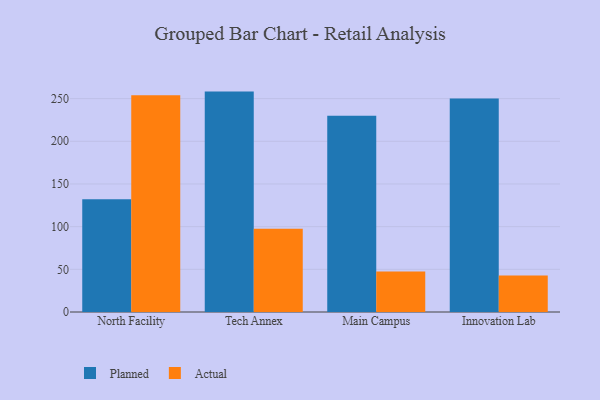
{"axis": {"x": "Campus", "y": "Budget (USD K)"}, "legend": ["Actual", "Planned"], "data": [{"x": "North Facility", "y": 132.2, "type": "Planned"}, {"x": "North Facility", "y": 253.8, "type": "Actual"}, {"x": "Tech Annex", "y": 258.2, "type": "Planned"}, {"x": "Tech Annex", "y": 97.5, "type": "Actual"}, {"x": "Main Campus", "y": 229.8, "type": "Planned"}, {"x": "Main Campus", "y": 47.3, "type": "Actual"}, {"x": "Innovation Lab", "y": 250.1, "type": "Planned"}, {"x": "Innovation Lab", "y": 42.8, "type": "Actual"}]}